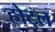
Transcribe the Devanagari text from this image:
होट्ल